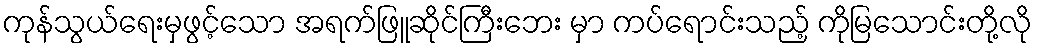
ကုန်သွယ်ရေးမှဖွင့်သော အရက်ဖြူဆိုင်ကြီးဘေး မှာ ကပ်ရောင်းသည့် ကိုမြသောင်းတို့လို